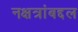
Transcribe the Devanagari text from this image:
नक्षत्रांबद्दल